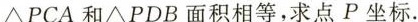
△PCA和△PDB面积相等，求点P坐标.